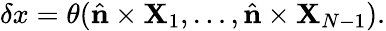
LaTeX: \delta x=\theta({\hat{\mathbf{n}}}\times{\mathbf{X}}_{1},\ldots,{\hat{\mathbf{n}}}\times{\mathbf{X}}_{N-1}).